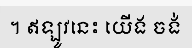
។ ឥឡូវនេះ យើង ចង់